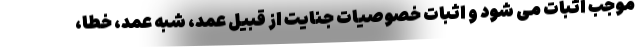
موجب اثبات می شود و اثبات خصوصیات جنایت از قبیل عمد، شبه عمد، خطا،